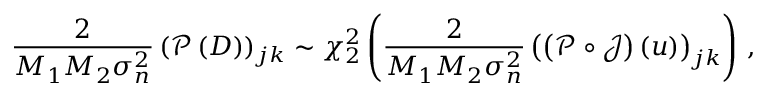
\frac { 2 } { M _ { 1 } M _ { 2 } \sigma _ { n } ^ { 2 } } \left( \boldsymbol { \mathcal { P } } \left( \boldsymbol { D } \right) \right) _ { j k } \sim \chi _ { 2 } ^ { 2 } \left( \frac { 2 } { M _ { 1 } M _ { 2 } \sigma _ { n } ^ { 2 } } \left( \left( \boldsymbol { \mathcal { P } } \circ \boldsymbol { \mathcal { J } } \right) \left( u \right) \right) _ { j k } \right) \, ,